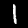
Digit: 1